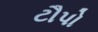
ટૌપો